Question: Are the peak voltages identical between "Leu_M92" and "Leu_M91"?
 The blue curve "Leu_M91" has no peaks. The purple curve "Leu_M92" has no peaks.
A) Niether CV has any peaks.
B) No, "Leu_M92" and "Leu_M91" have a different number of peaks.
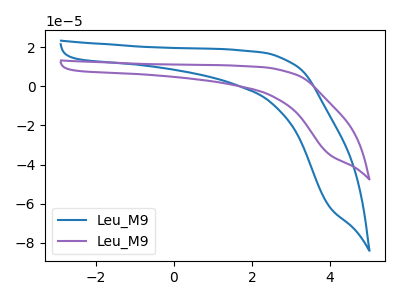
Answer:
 <answer>A) Niether CV has any peaks.</answer>
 <eval>A</eval>